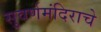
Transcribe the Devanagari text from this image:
सुवर्णमंदिराचे